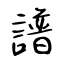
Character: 譜